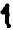
1